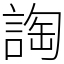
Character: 䛬